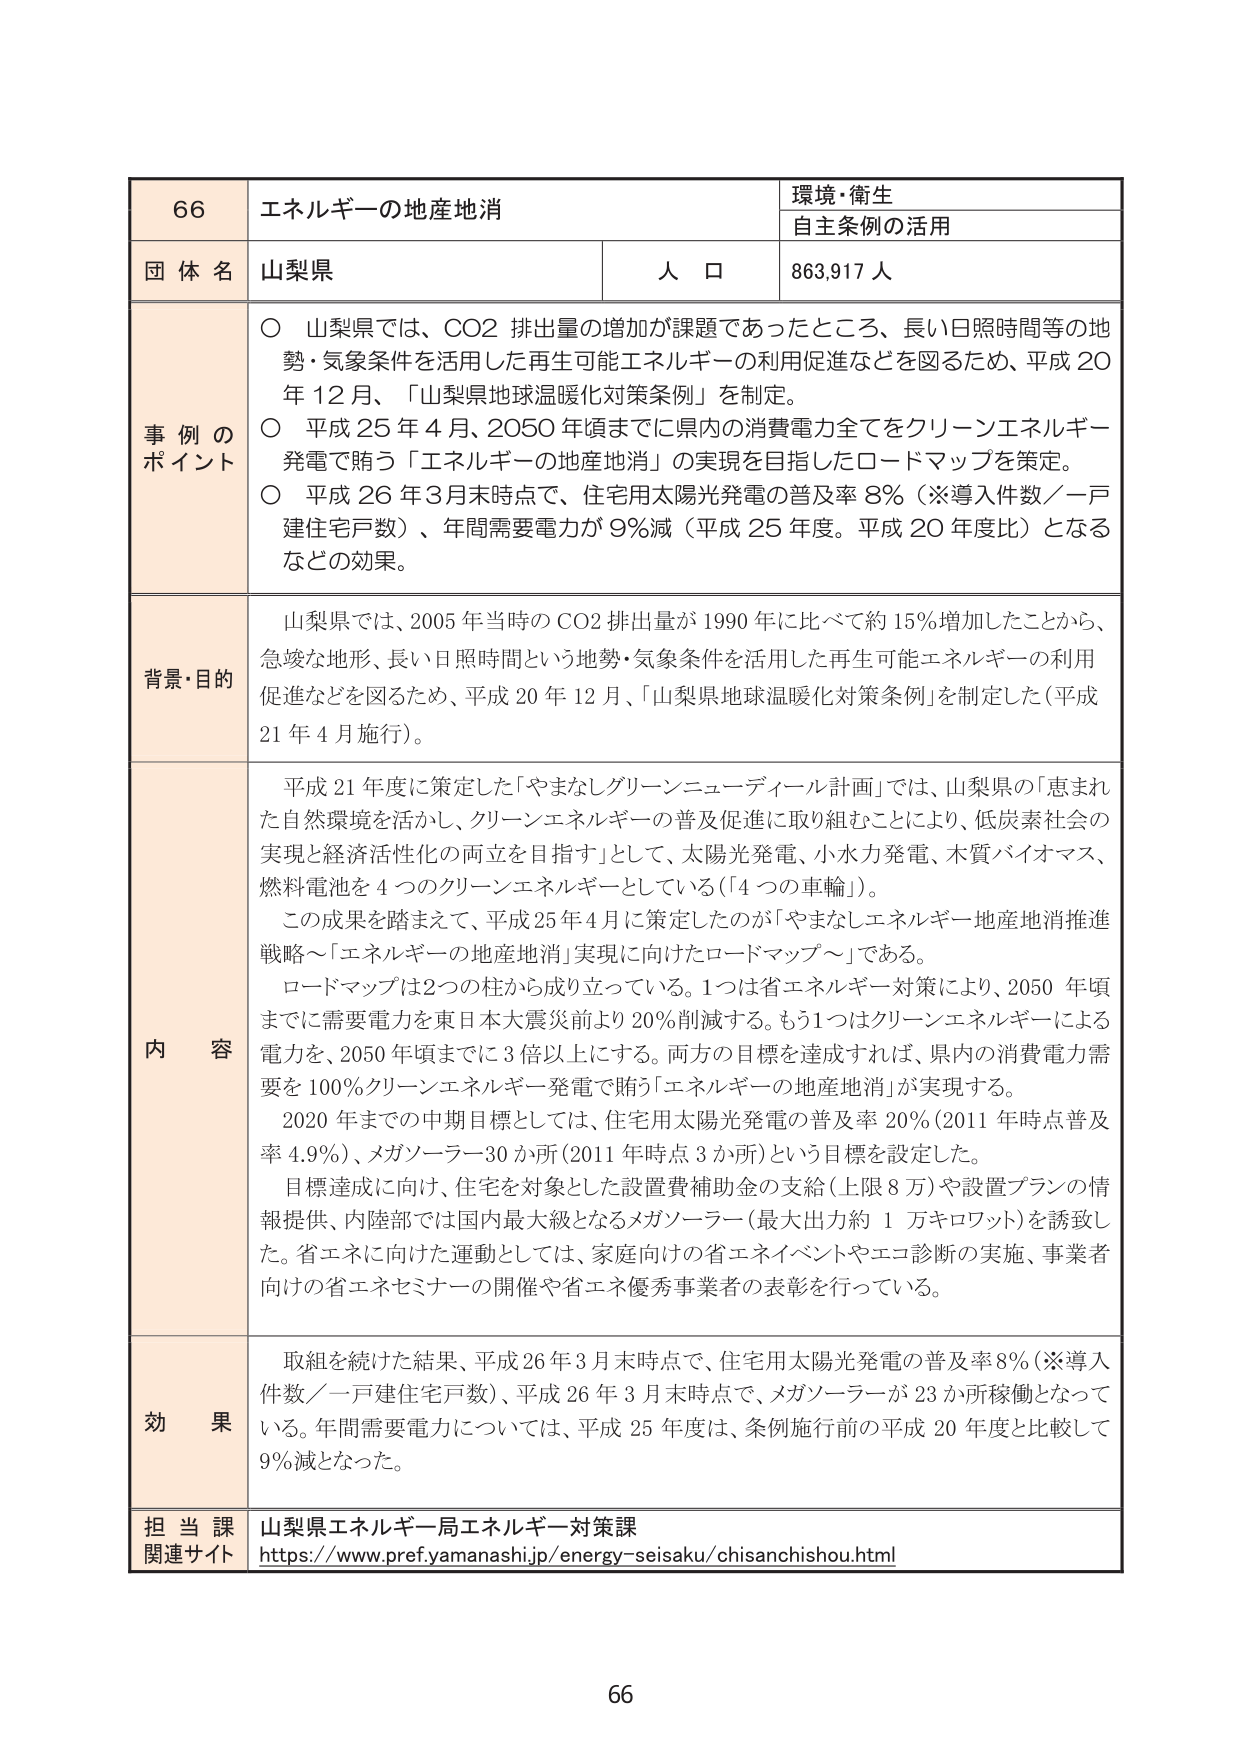
66 エネルギーの地産地消 環境・衛生 自主条例の活用 団体名 山梨県 人口 863,917人 事例のポイント ○ 山梨県では、CO2 排出量の増加が課題であったところ、長い日照時間等地勢・気象条件を活用した再生可能エネルギーの利用促進などを図るため、平成20年12月、「山梨県地球温暖化対策条例」を制定。 ○ 平成25年4月、2050年頃までに県内の消費電力全てをクリーンエネルギー発電で賄う「エネルギーの地産地消」の実現を目指したロードマップを策定。 ○ 平成26年3月末時点で、住宅用太陽光発電の普及率8%（※導入件数／一戸建住宅戸数）、年間需要電力が9%減（平成25年度。平成20年度比）となるなどの効果。 背景・目的 山梨県では、2005年当時のCO2排出量が1990年に比べて約15%増加したことから、急峻な地形、長い日照時間という地勢・気象条件を活用した再生可能エネルギーの利用促進などを図るため、平成20年12月、「山梨県地球温暖化対策条例」を制定した（平成21年4月施行）。 内容 平成21年度に策定した「やまなしグリーンニューディール計画」では、山梨県の「恵まれた自然環境を活かし、クリーンエネルギーの普及促進に取り組むことにより、低炭素社会の実現と経済活性化の両立を目指す」として、太陽光発電、小水力発電、木質バイオマス、燃料電池を4つのクリーンエネルギーとしている（「4つの車輪」）。 この成果を踏まえて、平成25年4月に策定したのが「やまなしエネルギー地産地消推進戦略～「エネルギーの地産地消」実現に向けたロードマップ～」である。 ロードマップは2つの柱から成り立っている。1つは省エネルギー対策により、2050年頃までに需要電力を東日本大震災前より20%削減する。もう1つはクリーンエネルギーによる電力を、2050年頃までに3倍以上にする。両方の目標を達成すれば、県内の消費電力需要を100%クリーンエネルギー発電で賄う「エネルギーの地産地消」が実現する。 2020年までの中期目標としては、住宅用太陽光発電の普及率20%（2011年時点普及率4.9%）、メガソーラー30か所（2011年時点3か所）という目標を設定した。 目標達成に向け、住宅を対象とした設置費補助金の支給（上限8万）や設置プランの情報提供、内陸部では国内最大級となるメガソーラー（最大出力約1万キロワット）を誘致した。省エネに向けた運動としては、家庭向けの省エネイベントやエコ診断の実施、事業者向けの省エネセミナーの開催や省エネ優秀事業者の表彰を行っている。 効果 取組を続けた結果、平成26年3月末時点で、住宅用太陽光発電の普及率8%（※導入件数／一戸建住宅戸数）、平成26年3月末時点で、メガソーラーが23か所稼働となっている。年間需要電力については、平成25年度は、条例施行前の平成20年度と比較して9%減となった。 担当課 山梨県エネルギー局エネルギー対策課 関連サイト https://www.pref.yamanashi.jp/energy-seisaku/chisanchishou.html 66